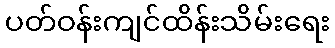
ပတ်ဝန်းကျင်ထိန်းသိမ်းရေး